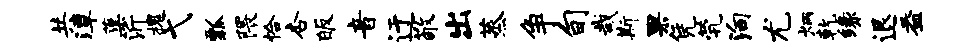
共潭蕖沂槐弋瓢隈恰杏皈音迂敬出蒸争旬哉斯果凭茕殉尤炳乾缘退益